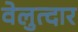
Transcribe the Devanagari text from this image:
वेलुत्दार